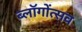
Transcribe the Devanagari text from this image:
ब्लॉगोंत्सव